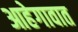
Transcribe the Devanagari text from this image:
आहेगावात